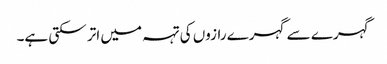
گہرے سے گہرے رازوں کی تہہ میں اتر سکتی ہے۔